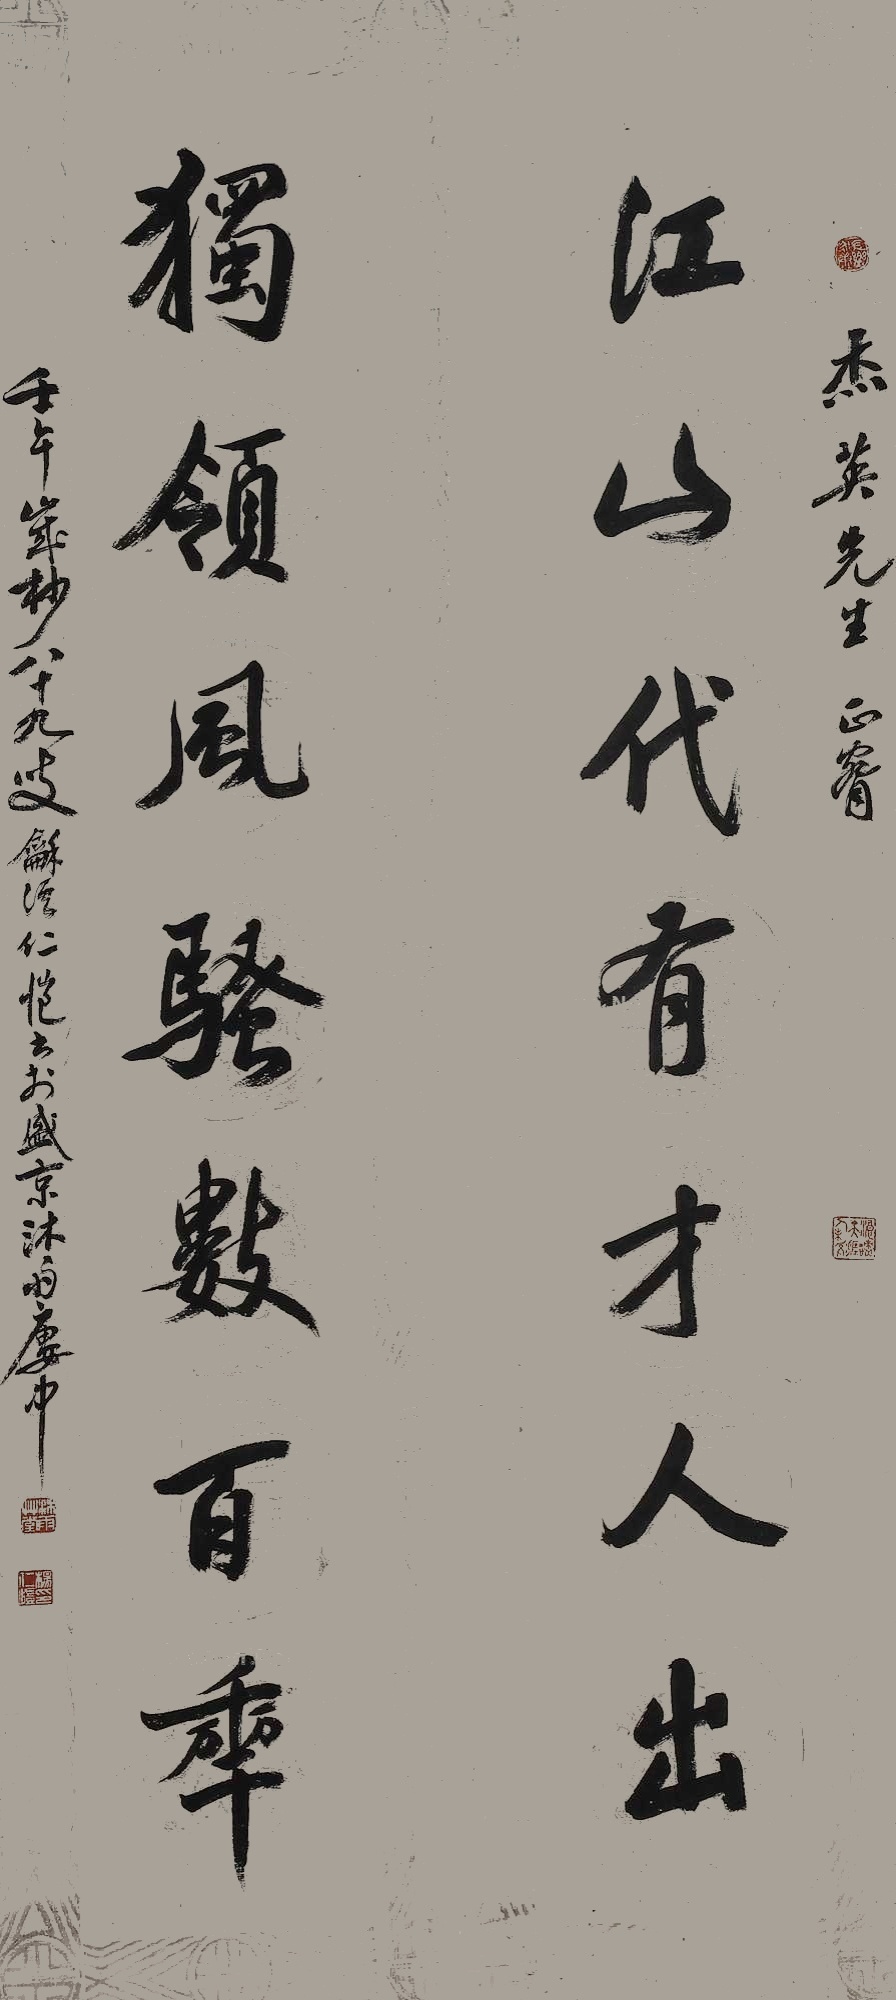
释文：江山代有才人出，独领风骚数百年。杰英先生正腕，壬午岁杪，八十九叟龢溪杨仁恺书于盛京沐雨楼中。